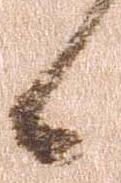
候